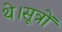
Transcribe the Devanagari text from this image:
थे।सूत्रों